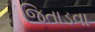
જિતાડવા